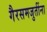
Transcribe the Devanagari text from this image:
गैरसमजुतींना